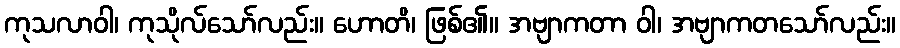
ကုသလာဝါ၊ ကုသိုလ်သော်လည်း။ ဟောတိ၊ ဖြစ်၏။ အဗျာကတာ ဝါ၊ အဗျာကတသော်လည်း။